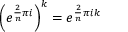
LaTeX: \left( e ^ { { \frac { 2 } { n } } \pi i } \right) ^ { k } = e ^ { { \frac { 2 } { n } } \pi i k }